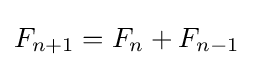
F_{n+1}=F_{n}+F_{n-1}